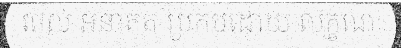
ពេល អនាគត ប្រកបដោយ លក្ខណៈ